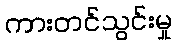
ကားတင်သွင်းမှု